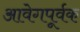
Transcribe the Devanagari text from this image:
आवेगपूर्वक